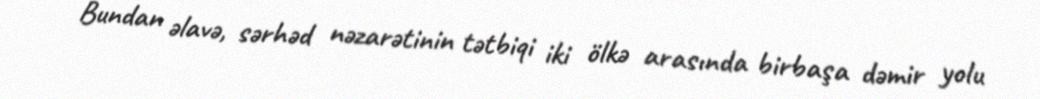
Bundan əlavə, sərhəd nəzarətinin tətbiqi iki ölkə arasında birbaşa dəmir yolu